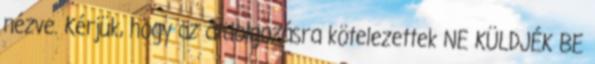
nézve. Kérjük, hogy az átdolgozásra kötelezettek NE KÜLDJÉK BE